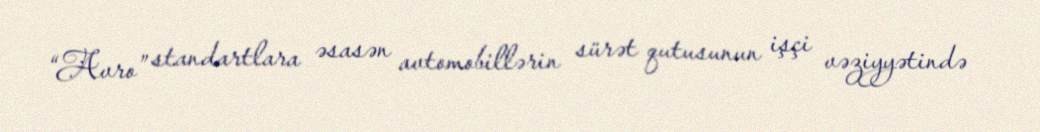
“Avro” standartlara əsasən avtomobillərin sürət qutusunun işçi vəziyyətində